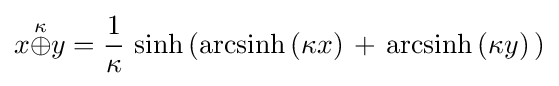
x{\stackrel {\kappa }{\oplus }}y={1 \over \kappa }\,\sinh \left({\rm {arcsinh}}\,(\kappa x)\,+\,{\rm {arcsinh}}\,(\kappa y)\,\right)